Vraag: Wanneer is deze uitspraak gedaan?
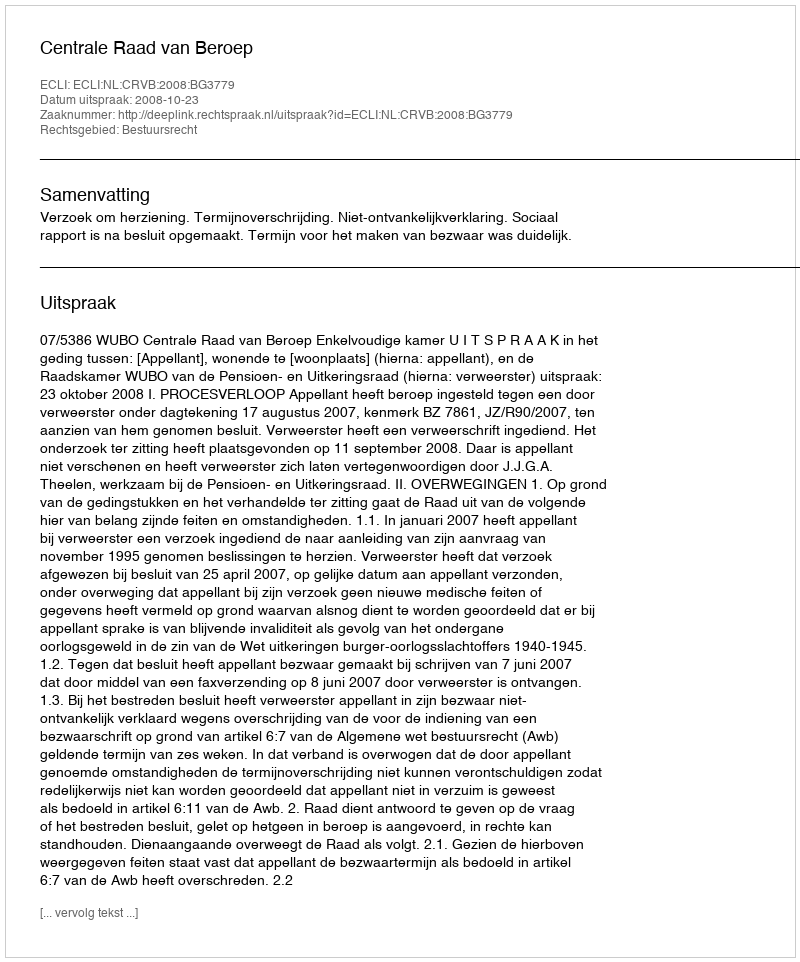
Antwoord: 2008-10-23